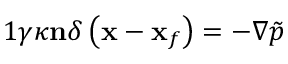
\begin{array} { r } { { 1 } \gamma \kappa \mathbf { n } \delta \left( \mathbf { x } - \mathbf { x } _ { f } \right) = - \nabla \tilde { p } } \end{array}